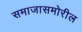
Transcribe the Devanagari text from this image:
समाजासमोरील